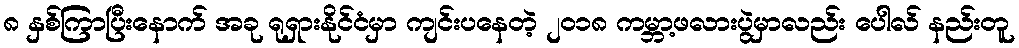
၈ နှစ်ကြာပြီးနောက် အခု ရုရှားနိုင်ငံမှာ ကျင်းပနေတဲ့ ၂၀၁၈ ကမ္ဘာ့ဖလားပွဲမှာလည်း ပေါလ် နည်းတူ